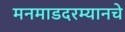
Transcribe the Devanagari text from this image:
मनमाडदरम्यानचे